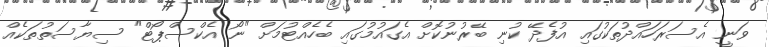
ވަނީ އެސަރަހައްދުތަކުގައި އުފެދޭ ކުނި ބޭރުނުކޮށް އެގައުމުގައި ބެހެއްޓުމަށް "ނޯ އެކްސްޕޯޓް" ސިޔާސަތުތަކެއް